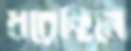
ধরেছিলে